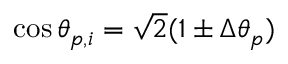
\cos \theta _ { p , i } = \sqrt { 2 } ( 1 \pm \Delta \theta _ { p } )